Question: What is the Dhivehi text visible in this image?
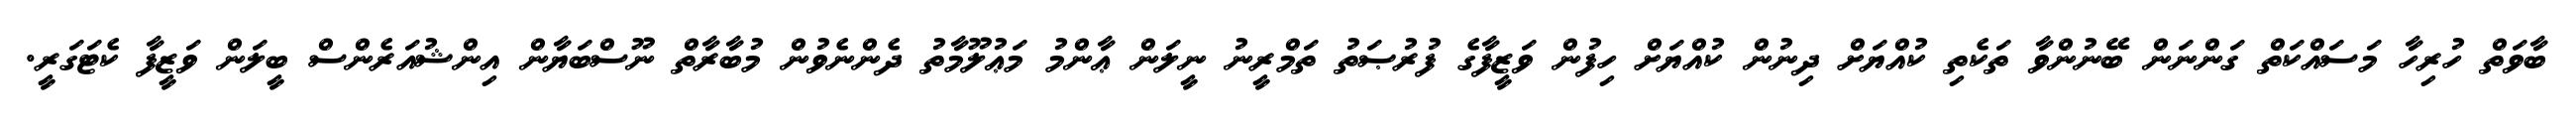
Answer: ބާވަތް ހުރިހާ މަސައްކަތް ގަންނަން ބޭނުންވާ ތަކެތި ކުއްޔަށް ދިނުން ކުއްޔަށް ހިފުން ވަޒީފާގެ ފުރުޞަތު ތަމްރީނު ނީލަން ޢާންމު މަޢުލޫމާތު ދެންނެވުން މުބާރާތް ނޫސްބަޔާން އިންޝުއަރެންސް ބީލަން ވަޒީފާ ކެޓަގަރީ.